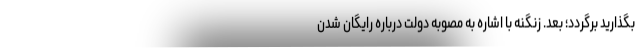
بگذارید برگردد؛ بعد. زنگنه با اشاره به مصوبه دولت درباره رایگان شدن